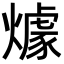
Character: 㷾